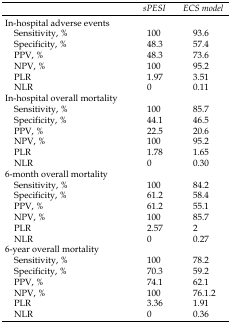
<table><thead><tr><td></td><td><b>sPESI </b></td><td><b>ECS model</b></td></tr></thead><tbody><tr><td>In-hospital adverse events </td><td></td><td></td></tr><tr><td>Sensitivity, %</td><td>100</td><td>93.6</td></tr><tr><td>Specificity, %</td><td>48.3</td><td>57.4</td></tr><tr><td>PPV, %</td><td>48.3</td><td>73.6</td></tr><tr><td>NPV, %</td><td>100</td><td>95.2</td></tr><tr><td>PLR</td><td>1.97</td><td>3.51</td></tr><tr><td>NLR</td><td>0</td><td>0.11</td></tr><tr><td>In-hospital overall mortality</td><td></td><td></td></tr><tr><td>Sensitivity, %</td><td>100</td><td>85.7</td></tr><tr><td>Specificity, %</td><td>44.1</td><td>46.5</td></tr><tr><td>PPV, %</td><td>22.5</td><td>20.6</td></tr><tr><td>NPV, %</td><td>100</td><td>95.2</td></tr><tr><td>PLR</td><td>1.78</td><td>1.65</td></tr><tr><td>NLR</td><td>0</td><td>0.30</td></tr><tr><td>6-month overall mortality </td><td></td><td></td></tr><tr><td>Sensitivity, %</td><td>100</td><td>84.2</td></tr><tr><td>Specificity, %</td><td>61.2</td><td>58.4</td></tr><tr><td>PPV, %</td><td>61.2</td><td>55.1</td></tr><tr><td>NPV, %</td><td>100</td><td>85.7</td></tr><tr><td>PLR</td><td>2.57</td><td>2</td></tr><tr><td>NLR</td><td>0</td><td>0.27</td></tr><tr><td>6-year overall mortality</td><td></td><td></td></tr><tr><td>Sensitivity, %</td><td>100</td><td>78.2</td></tr><tr><td>Specificity, %</td><td>70.3</td><td>59.2</td></tr><tr><td>PPV, %</td><td>74.1</td><td>62.1</td></tr><tr><td>NPV, %</td><td>100</td><td>76.1.2</td></tr><tr><td>PLR</td><td>3.36</td><td>1.91</td></tr><tr><td>NLR</td><td>0</td><td>0.36</td></tr></tbody></table>